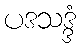
ပဒသဒ္ဒံ